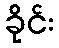
ခိုင်း